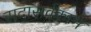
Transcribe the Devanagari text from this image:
सदासर्वकाभ